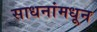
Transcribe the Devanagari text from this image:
साधनांमधून